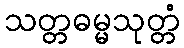
သတ္တဓမ္မသုတ္တံ